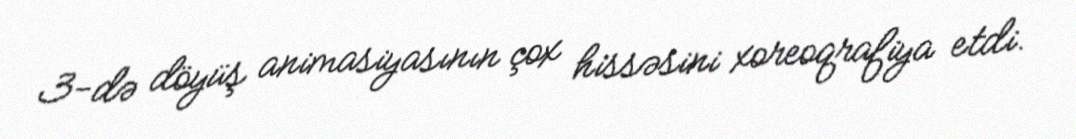
3-də döyüş animasiyasının çox hissəsini xoreoqrafiya etdi.